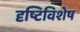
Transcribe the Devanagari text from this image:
दृष्टिविशेष